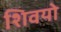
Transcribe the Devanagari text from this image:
शिवयो